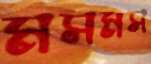
মসমস